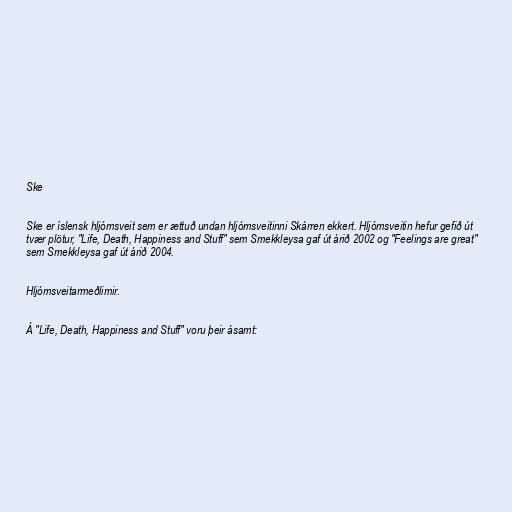
Ske

Ske er íslensk hljómsveit sem er ættuð undan hljómsveitinni Skárren ekkert. Hljómsveitin hefur gefið út
tvær plötur, "Life, Death, Happiness and Stuff" sem Smekkleysa gaf út árið 2002 og "Feelings are great"
sem Smekkleysa gaf út árið 2004.

Hljómsveitarmeðlimir.

Á "Life, Death, Happiness and Stuff" voru þeir ásamt: